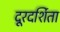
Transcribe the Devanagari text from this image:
दूरदर्शिता